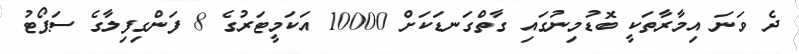
ދެ ވަނަ އިމާރާތަކީ ބޮޑުމިނުގައި ގާތްގަނޑަކަށް 10000 އަކަމީޓަރުގެ 8 ފަންގިފިލާގެ ސަޕޯޓު